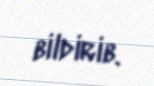
bildirib.